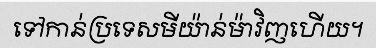
ទៅកាន់ប្រទេសមីយ៉ាន់ម៉ាវិញហើយ។